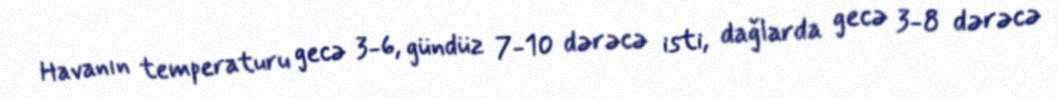
Havanın temperaturu gecə 3-6, gündüz 7-10 dərəcə isti, dağlarda gecə 3-8 dərəcə